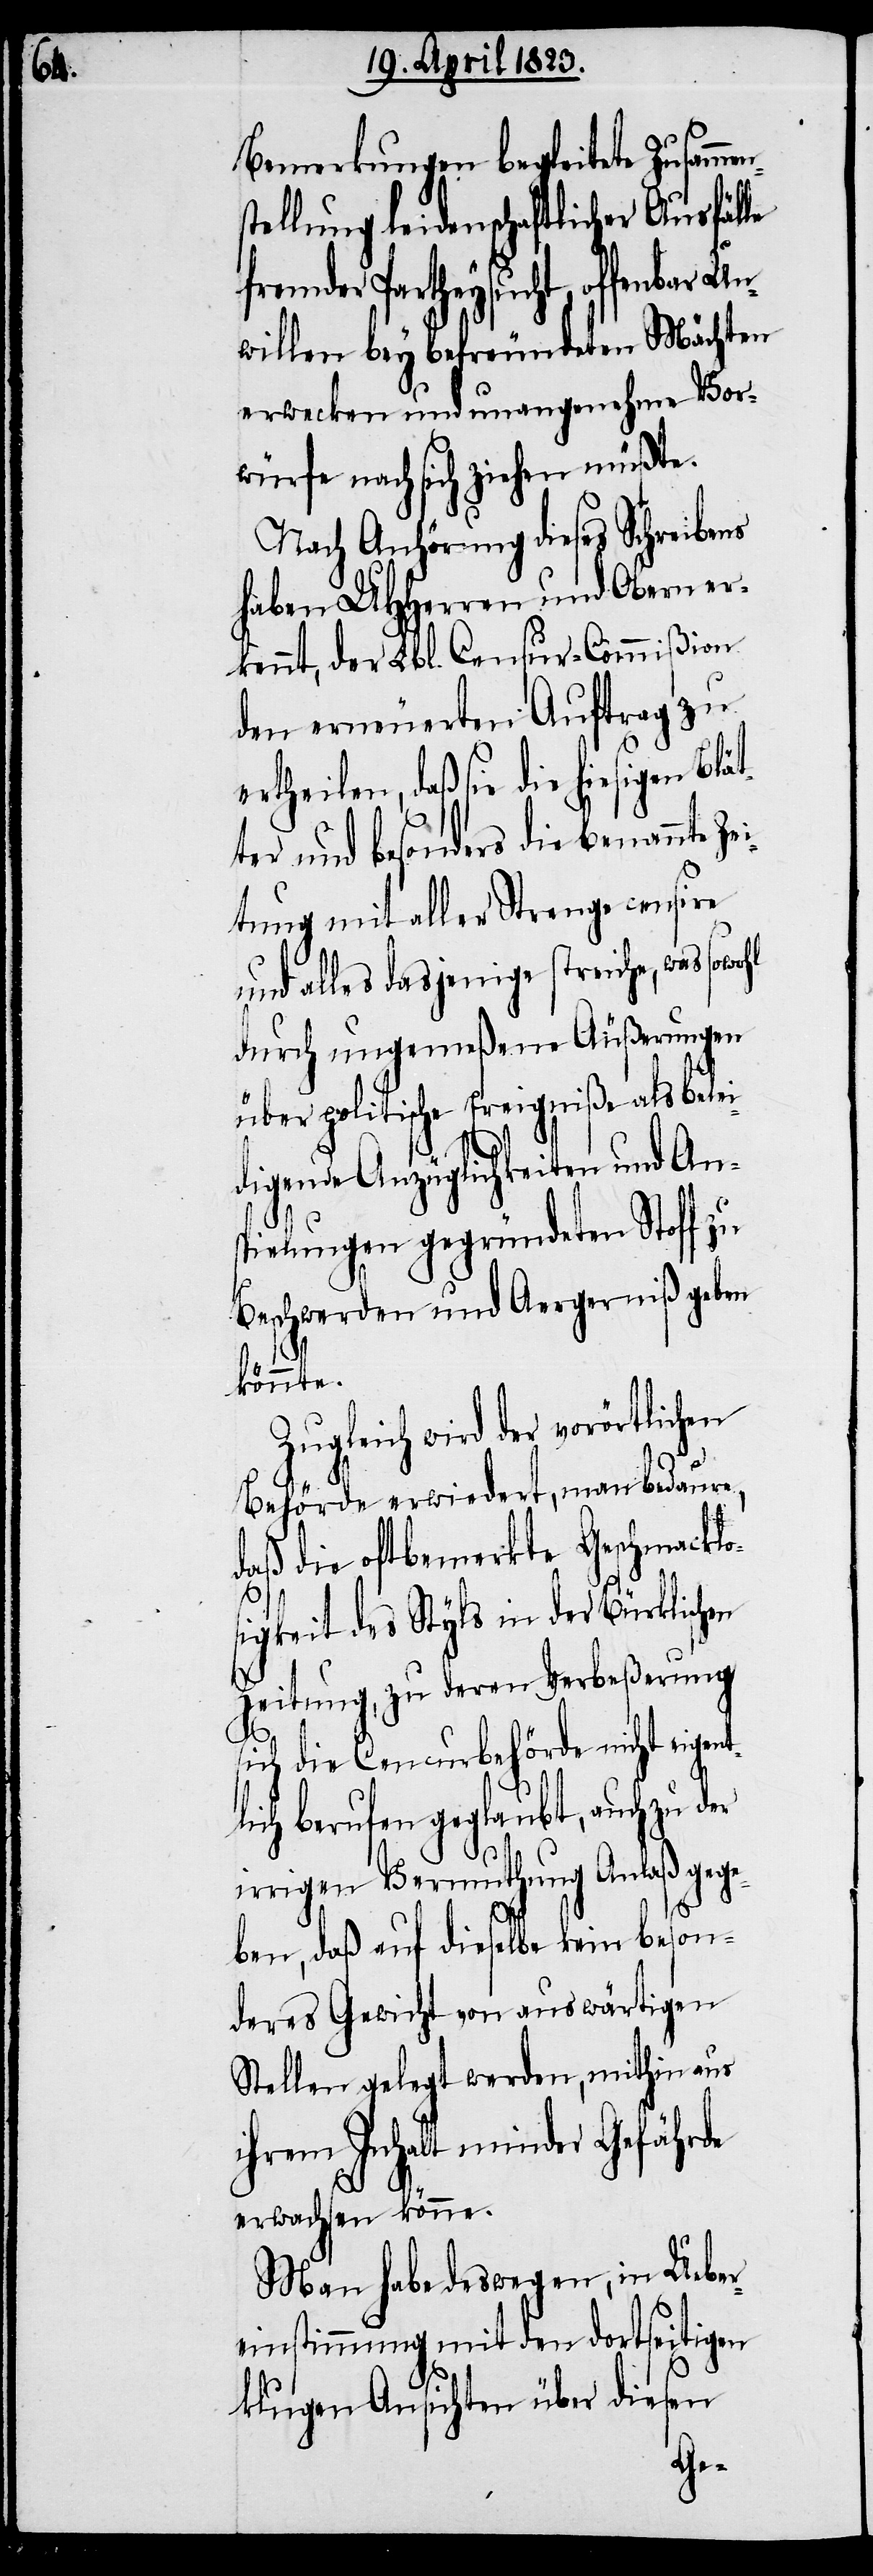
t¬

Bemerkungen begleitete Zusam¬
tellung leidenschaftlicher Ausfälle
fremder Partheysucht, offenbar
willen bey befreundeten Mächten
erwecken und unangenehme Vor¬
würfe nach sich ziehen müßte.
Nach Anhörung dieses Schreibens
haben UHHerren und Obern er¬
kennt, der Lbl. Censur-Commißion
den erneuerten Auftrag zu
ertheilen, daß sie die hiesigen
ter und besonders die benannte Zei¬
tung mit aller Strenge censire
und alles dasjenige streiche, was sowohl
durch ungemeßene Äußerungen
über politische Ereigniße als bele¬
idigende Anzüglichkeiten und An¬
spielungen gegründeten Stoff zu
Beschwerden und Aergerniß geben
könnte.
Zugleich wird der vorörtlichen
Behörde erwiedert, man bedaure,
daß die oftbemerkte Geschmacklo¬
sigkeit des Styls in der Bürklischen
Zeitung, zu deren Verbeßerung
sich die Censurbehörde nicht eigen¬
lich berufen geglaubt, auch zu
irrigen Vermuthung Anlaß gege¬
ben, daß auf dieselbe kein beson¬
deres Gewicht von auswärtigen
Stellen gelegt werden, mithin aus
ihrem Inhalt minder Gefährde
erwachsen könne.
Man habe deswegen, in Uebe¬
reinstimmung mit den dortseitigen
klugen Ansichten über diesen